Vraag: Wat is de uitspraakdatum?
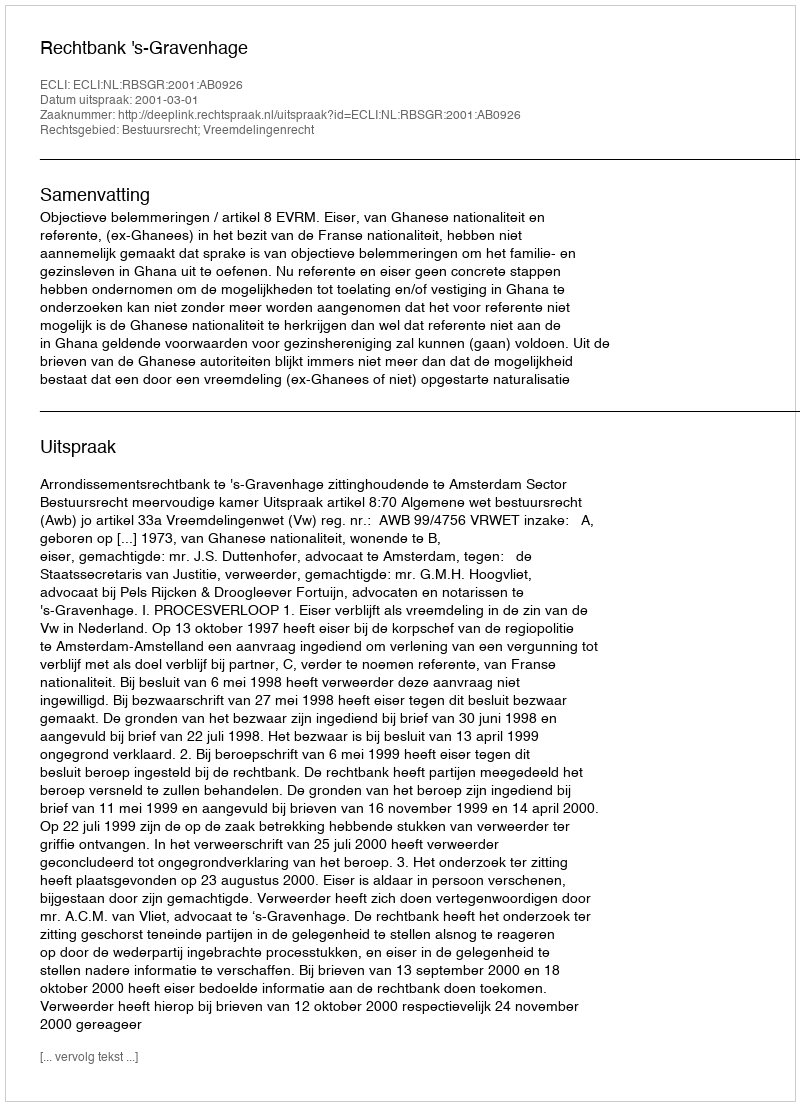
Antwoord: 2001-03-01